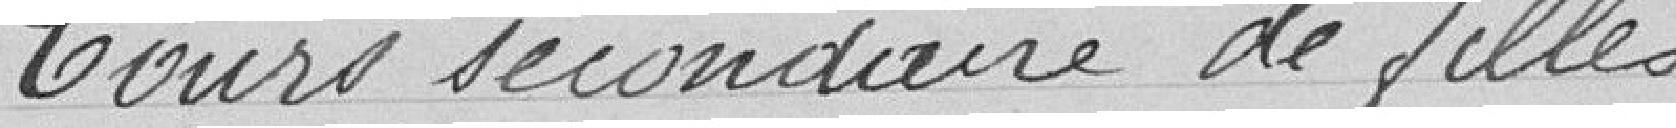
Cours secondaires de filles